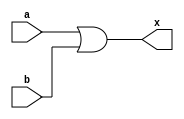
// Code 
module buff(input [7:0] a,b, output reg [7:0] x);
  always@(*) begin
    x <= #5 (a | b);
  end
endmodule

module min(input [7:0] a,b, output [7:0] x);
  assign x = (a<b) ? a : b;
endmodule

module max(input [7:0] a,b, output [7:0] x);
  assign x = (a>b) ? a : b;
endmodule

module cf( input [7:0] i0,i1,i2,i3,i4,i5,i6,i7,i8, input [1:0]s, output [7:0] y);
  wire [7:0] y9, y10, y11, y12, y13, y14, y15, y16, y17;
  max x1(i1,i8,y9);
  max x2(i6,y9,y12);
  min x3(i4,i6,y10);
  min x4(i8,y11,y14);
  min x5(i3,y14,y17);
  min x6(y13,y14,y16);
  min x7(y12,y13,y15);
  
  buff x8(i2,i6,y11);
  buff x9(y10,y11,y13);
  
  assign y = s[1] ? y15 : (s[0] ? y16 : y17);
endmodule